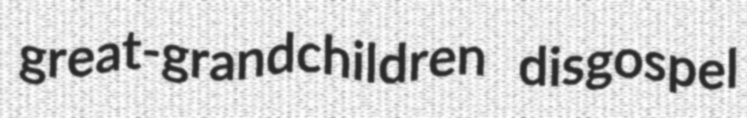
great-grandchildren disgospel